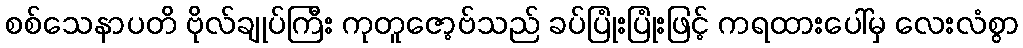
စစ်သေနာပတိ ဗိုလ်ချုပ်ကြီး ကုတူဇော့ဗ်သည် ခပ်ပြုံးပြုံးဖြင့် ကရထားပေါ်မှ လေးလံစွာ